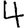
Digit: 4